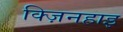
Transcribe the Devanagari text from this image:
क्ज़िनहाइ